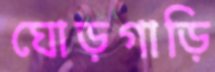
ঘোড়গাড়ি